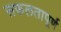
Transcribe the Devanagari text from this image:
सफलतापूर्ण